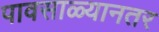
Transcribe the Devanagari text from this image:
पावसाळ्यानतर